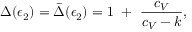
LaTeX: \Delta ( \epsilon _ { 2 } ) = \bar { \Delta } ( \epsilon _ { 2 } ) = 1 ~ + ~ { \frac { c _ { V } } { c _ { V } - k } } ,